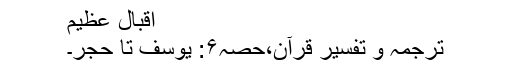
اقبال عظیم
ترجمہ و تفسیر قرآن،حصہ۶: یوسف تا حجر۔